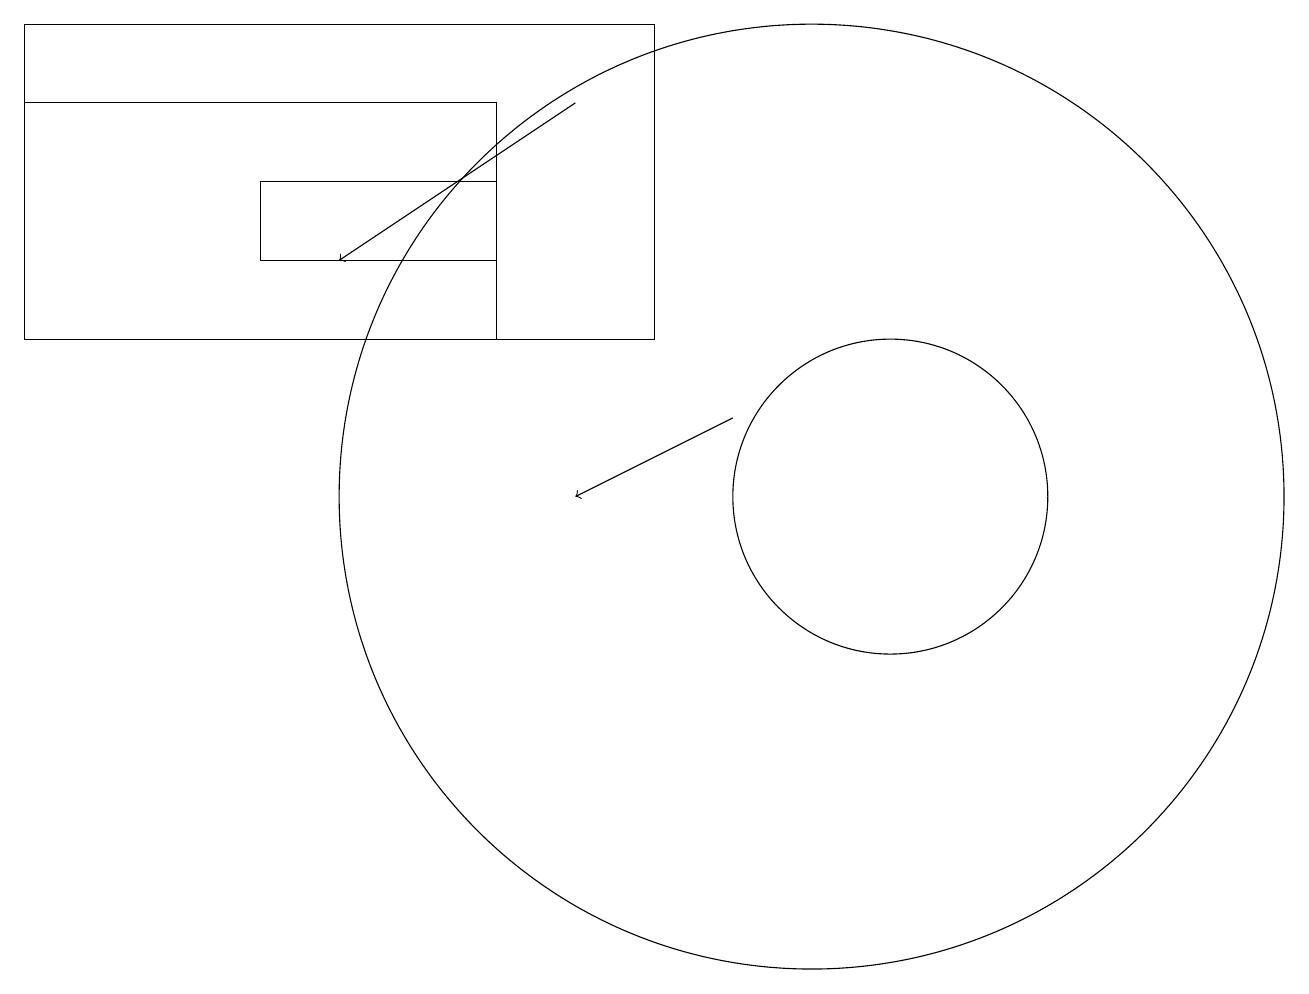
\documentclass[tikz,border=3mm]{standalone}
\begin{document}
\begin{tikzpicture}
\draw (11,12) circle (2);
\draw (6,14) rectangle (0,17);
\draw[->] (9,13) -- (7,12);
\draw (10,12) circle (6);
\draw[->] (7,17) -- (4,15);
\draw (0,18) rectangle (8,14);
\draw (6,15) rectangle (3,16);
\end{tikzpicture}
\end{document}